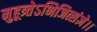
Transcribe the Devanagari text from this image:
मुहूत्र्तेऽभिजित्संज्ञे।।